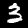
Label: 3